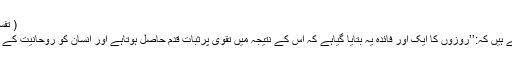
( تفسیر کبیر جلد دوم صفحہ ۳۷۷)
حضرت مصلح موعودؓ فرماتے ہیں کہ:’’روزوں کا ایک اور فائدہ یہ بتایا گیاہے کہ اس کے نتیجہ میں تقویٰ پرثبات قدم حاصل ہوتاہے اور انسان کو روحانیت کے اعلیٰ مدارج حاصل ہوتے ہیں۔